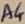
Text: A4